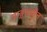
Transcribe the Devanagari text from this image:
वाङ्ममयीन